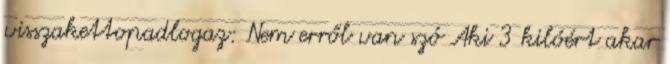
visszakettopadlogaz: Nem erről van szó Aki 3 kilóért akar